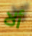
ألا